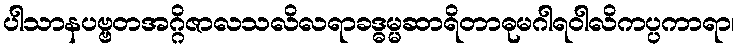
ပါသာနပဗ္ဗတအဂ္ဂိဇာလသလိလရာခဒ္ဓမ္မဆာရိတာဓုမဂါရဝါလိကပ္ပကာရာ၊